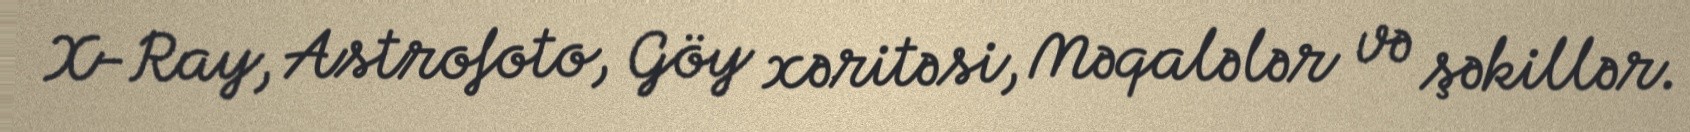
X-Ray, Astrofoto, Göy xəritəsi, Məqalələr və şəkillər.